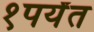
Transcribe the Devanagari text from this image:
१पर्यंत